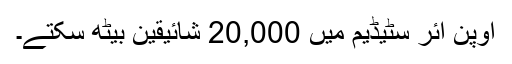
اوپن ائر سٹیڈیم میں 20,000 شائیقین بیٹھ سکتے۔